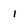
Character: i